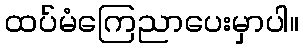
ထပ်မံကြေညာပေးမှာပါ။